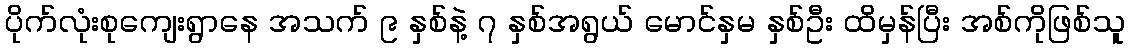
ပိုက်လုံးစုကျေးရွာနေ အသက် ၉ နှစ်နဲ့ ၇ နှစ်အရွယ် မောင်နှမ နှစ်ဦး ထိမှန်ပြီး အစ်ကိုဖြစ်သူ